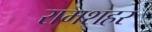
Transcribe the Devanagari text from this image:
रामशहर